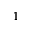
1